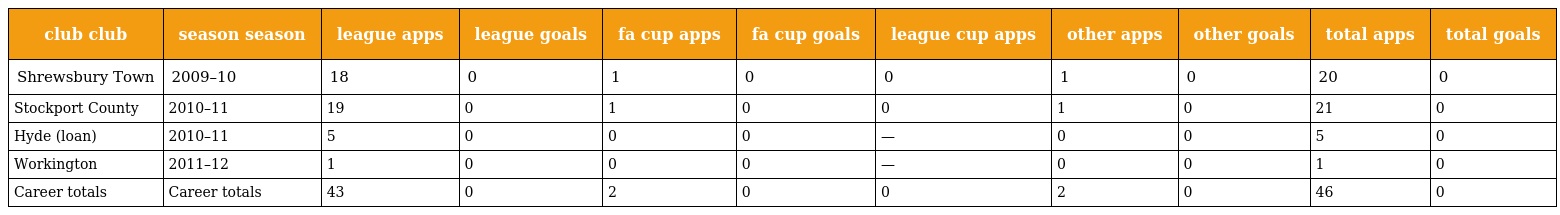
| club club | season season | league apps | league goals | fa cup apps | fa cup goals | league cup apps | other apps | other goals | total apps | total goals |
 | --- | --- | --- | --- | --- | --- | --- | --- | --- | --- | --- |
 | Shrewsbury Town | 2009–10 | 18 | 0 | 1 | 0 | 0 | 1 | 0 | 20 | 0 |
 | Stockport County | 2010–11 | 19 | 0 | 1 | 0 | 0 | 1 | 0 | 21 | 0 |
 | Hyde (loan) | 2010–11 | 5 | 0 | 0 | 0 | — | 0 | 0 | 5 | 0 |
 | Workington | 2011–12 | 1 | 0 | 0 | 0 | — | 0 | 0 | 1 | 0 |
 | Career totals | Career totals | 43 | 0 | 2 | 0 | 0 | 2 | 0 | 46 | 0 |